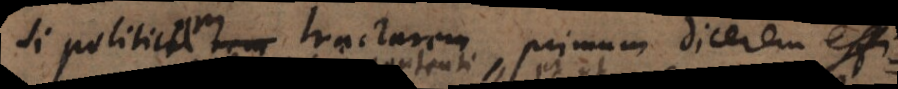
Si politicam tractarem, primo dicerem effi